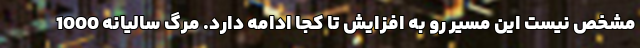
مشخص نیست این مسیر رو به افزایش تا کجا ادامه دارد. مرگ سالیانه 1000